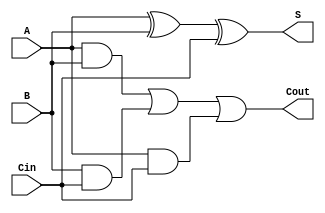
module OneBitAdder(A,B,Cin,S,Cout);
input A;
input B;
input Cin;
output S;
output Cout;

assign S = A^B^Cin;
assign Cout = (A&B) | (B&Cin) | (A&Cin);

endmodule



module DolceLab4(A,B,Cin, S, Cout);
input [31:0]A;
input [31:0]B;
input Cin;
output [31:0]S;
output wire Cout;

wire [31:0]Co;
genvar w;


OneBitAdder half(A[0],B[0],Cin,S[0],Co[0]);
generate
for(w = 1; w < 32; w=w+1) 
begin : fulladd

OneBitAdder full(A[w],B[w],Co[w-1],S[w],Co[w]);

end
endgenerate

assign Cout = Co[31];

endmodule